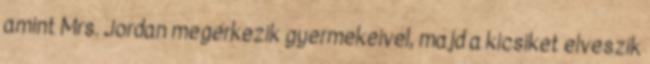
amint Mrs. Jordan megérkezik gyermekeivel, majd a kicsiket elveszik